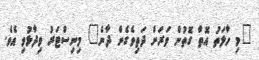
"މި ހާލަތު އޮތް ގޮތުން ވަރަށް ދަތިވެގެން ދާނެ" މިނިސްޓަރު ވިދާޅުވި އެވެ.